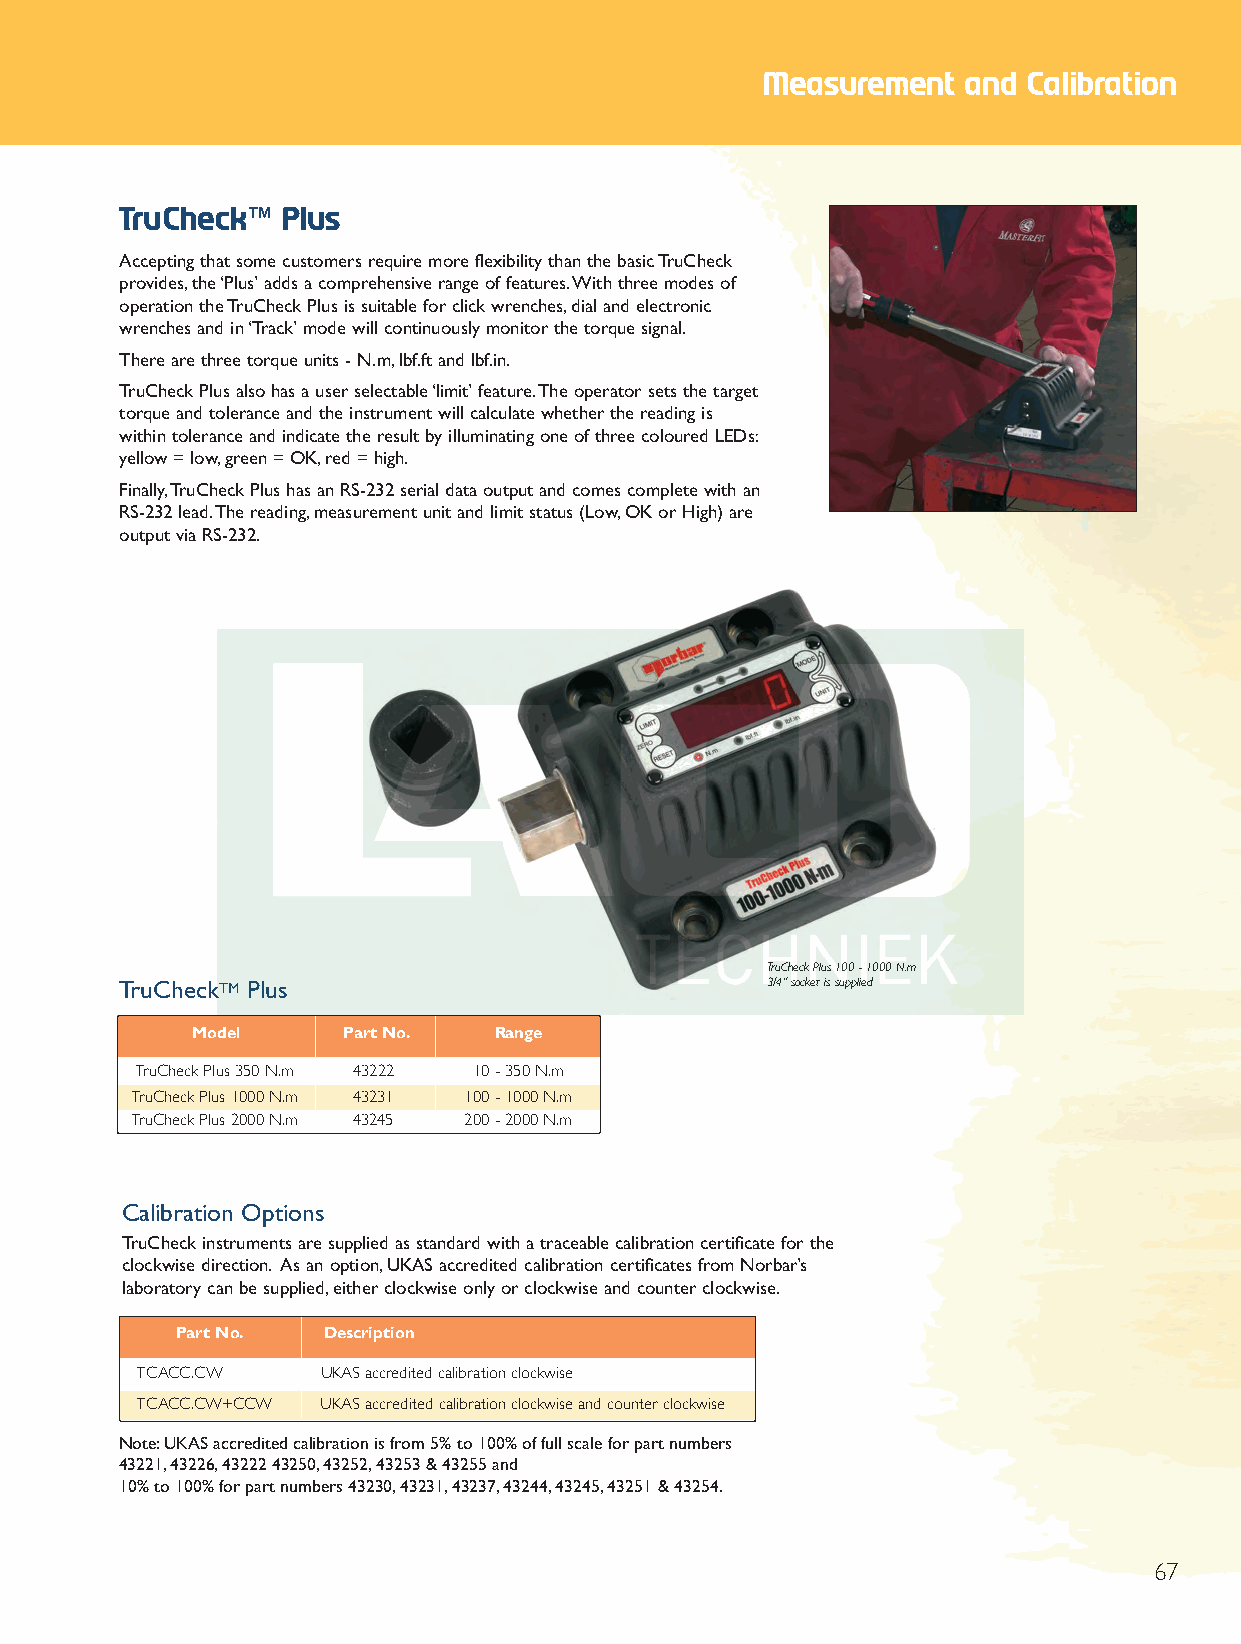
End 2012 Q6.qxd 30/10/12 8:56 am Page 67
 Measurement   and Calibration
 TruCheck™  Plus
 Accepting that some customers require more flexibility than the basic TruCheck
 provides,the ‘Plus’ adds a comprehensive range of features.With three modes of
 operation the TruCheck Plus is suitable for click wrenches,dial and electronic
 wrenches and in ‘Track’ mode will continuously monitor the torque signal.
 There are three torque units - N.m,lbf.ft and lbf.in.
 TruCheck Plus also has a user selectable ‘limit’ feature.The operator sets the target
 torque and tolerance and the instrument will calculate whether the reading is
 within tolerance and indicate the result by illuminating one of three coloured LEDs:
 yellow = low,green = OK,red = high.
 Finally,TruCheck Plus has an RS-232 serial data output and comes complete with an
 RS-232 lead.The reading,measurement unit and limit status (Low,OK or High) are
 output via RS-232.
 TruCheck Plus 100 - 1000 N.m
 TruCheckTM Plus                            3/4”socket is supplied
 Model     Part No.  Range
 TruCheck Plus 350 N.m 43222 10 - 350 N.m
 TruCheck Plus 1000 N.m 43231 100 - 1000 N.m
 TruCheck Plus 2000 N.m 43245 200 - 2000 N.m
 Calibration Options
 TruCheck instruments are supplied as standard with a traceable calibration certificate for the
 clockwise direction. As an option,UKAS accredited calibration certificates from Norbar’s
 laboratory can be supplied,either clockwise only or clockwise and counter clockwise.
 Part No. Description
 TCACC.CW    UKAS accredited calibration clockwise
 TCACC.CW+CCW UKAS accredited calibration clockwise and counter clockwise
 Note:UKAS accredited calibration is from 5% to 100% of full scale for part numbers
 43221,43226,43222 43250,43252,43253 & 43255 and
 10% to 100% for part numbers 43230,43231,43237,43244,43245,43251 & 43254.
 67